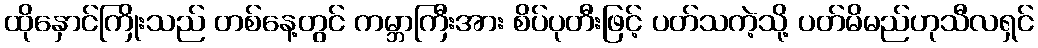
ထိုနှောင်ကြိုးသည် တစ်နေ့တွင် ကမ္ဘာကြီးအား စိပ်ပုတီးဖြင့် ပတ်သကဲ့သို့ ပတ်မိမည်ဟုသီလရှင်